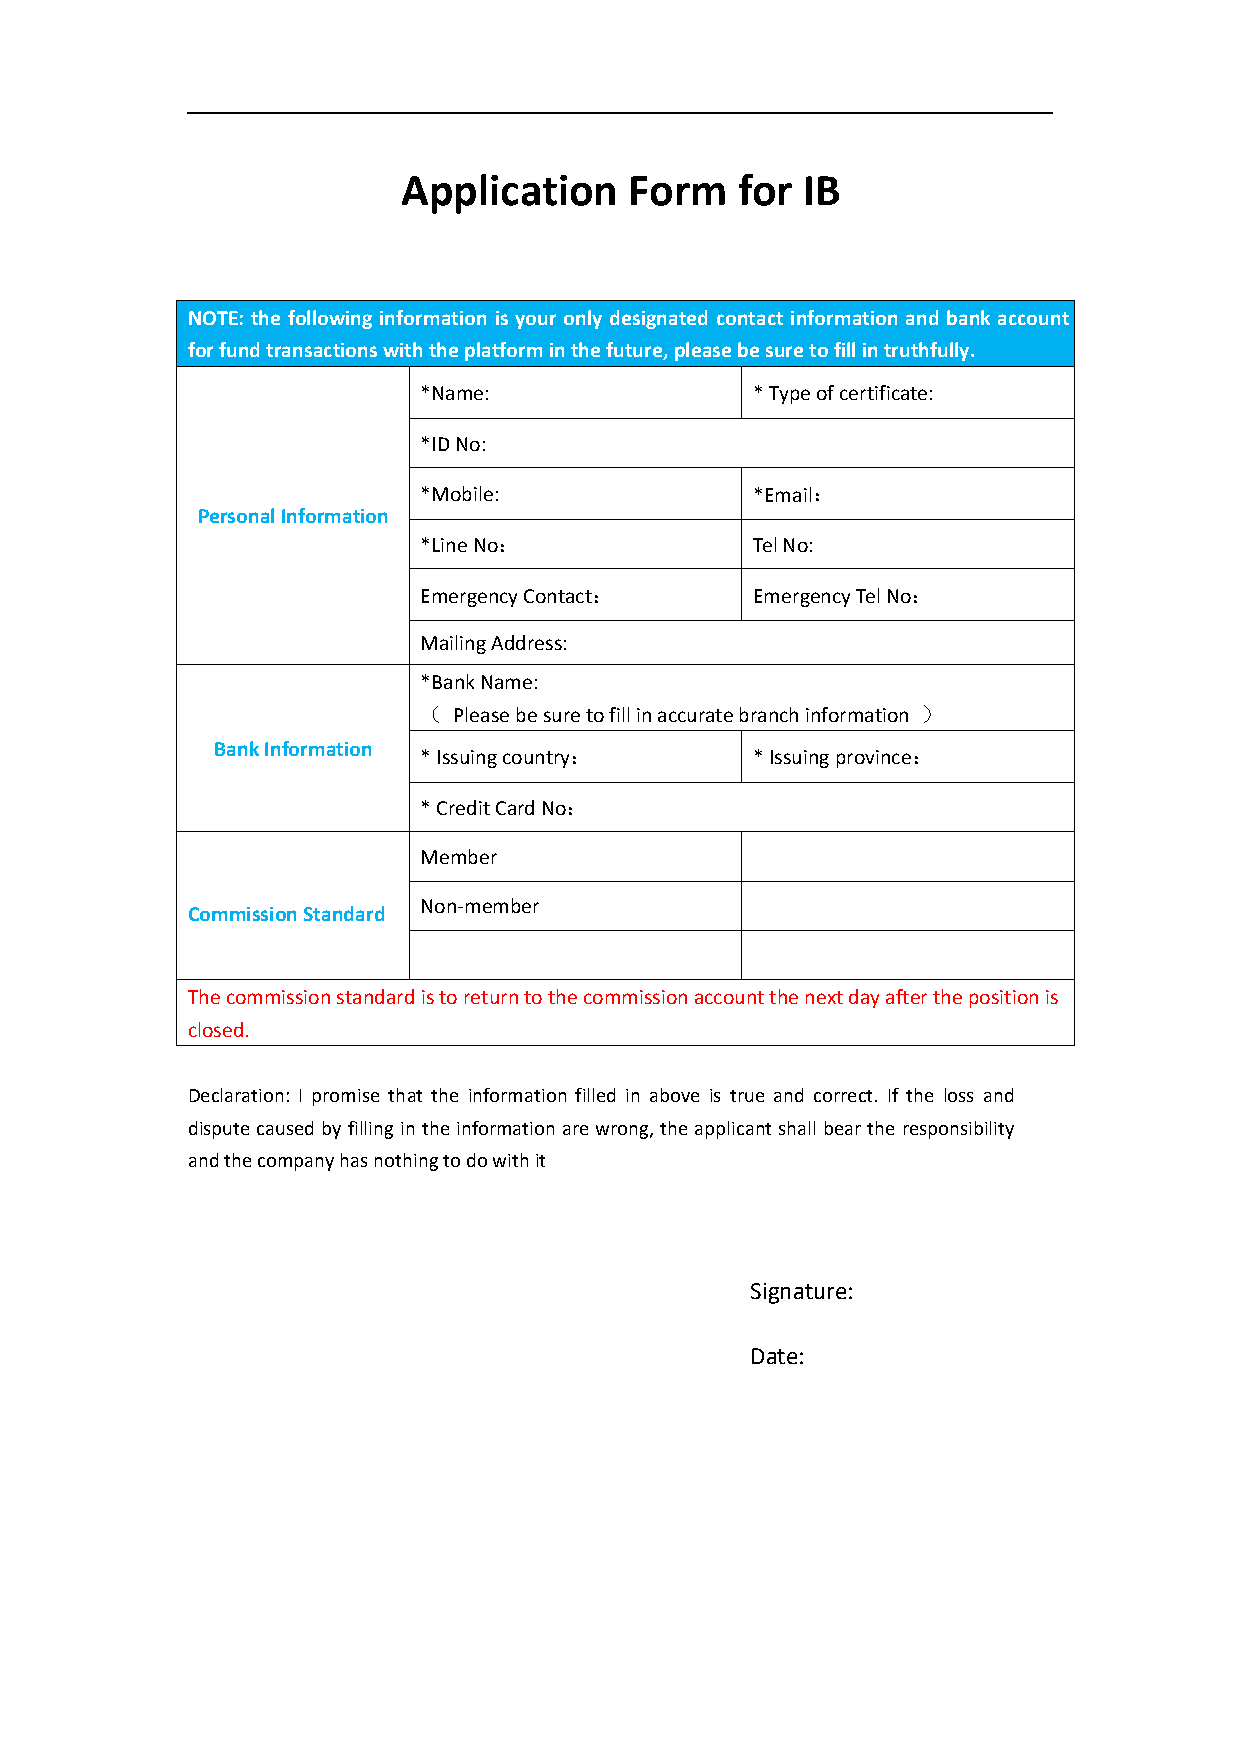
Application    Form   for IB
 NOTE: the following information is your only designated contact information and bank account
 forfundtransactionswiththeplatforminthefuture,pleasebesuretofillintruthfully.
 *Name:                *Typeofcertificate:
 *IDNo:
 *Mobile:              *Email：
 PersonalInformation
 *LineNo：              TelNo:
 EmergencyContact：     EmergencyTelNo：
 MailingAddress:
 *BankName:
 （ Pleasebesuretofillinaccuratebranchinformation ）
 BankInformation *Issuingcountry：    *Issuingprovince：
 *CreditCardNo：
 Member
 Non-member
 CommissionStandard
 Thecommissionstandardistoreturntothecommissionaccountthenextdayafterthepositionis
 closed.
 Declaration: I promise that the information filled in above is true and correct. If the loss and
 disputecausedbyfilling intheinformationarewrong, theapplicantshall beartheresponsibility
 andthecompanyhasnothingtodowithit
 Signature:
 Date: